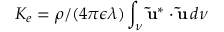
K _ { e } = \rho / ( 4 \pi \epsilon \lambda ) \int _ { \nu } \mathbf { \tilde { u } } ^ { * } \cdot \mathbf { \tilde { u } } \, d \nu